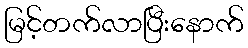
မြင့်တက်လာပြီးနောက်